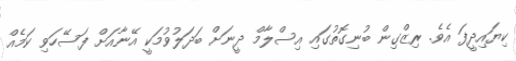
ކިޔައިދީފަ އެވެ. ރިޒްގިން ބުނިގޮތުގައި އިސްލާމް ދީނަށް ބަދަލުވުމަކީ އޭނާއަށް ފަސޭހަވި ކަމެއް